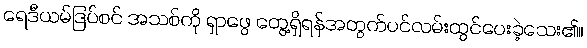
ရေဒီယမ်ဒြပ်စင် အသစ်ကို ရှာဖွေ တွေ့ရှိရန်အတွက်ပင်လမ်းထွင်ပေးခဲ့သေး၏။